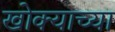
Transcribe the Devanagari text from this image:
खोक्याच्या